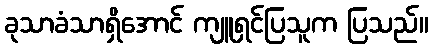
ခုသာခံသာရှိအောင် ကျူရှင်ပြသူက ပြသည်။